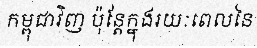
កម្ពុជាវិញ ប៉ុន្តែក្នុងរយៈពេលនៃ